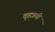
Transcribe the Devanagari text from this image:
वृहत्रयी